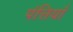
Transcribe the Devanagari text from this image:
पंत्तियाँ